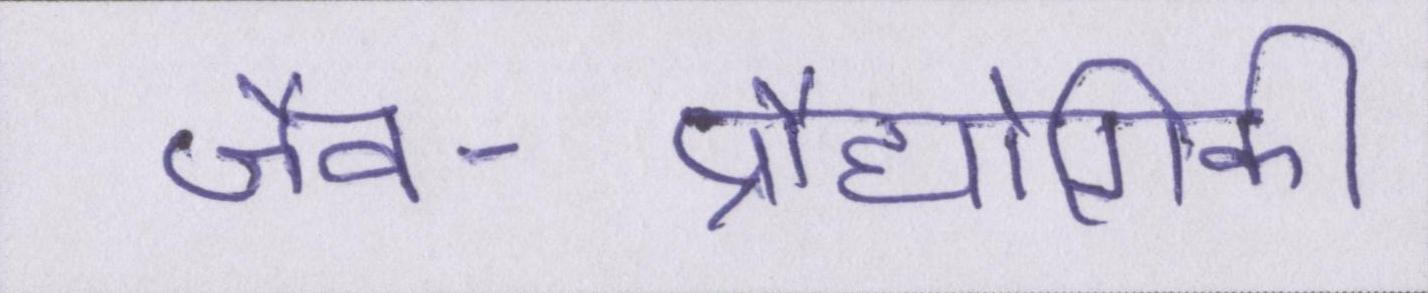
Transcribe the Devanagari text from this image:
जैव-प्रौद्योगिकी